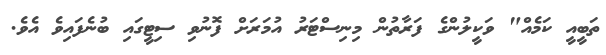
ތަބީއީ ކަމެއް" ވަކީލުންގެ ފަރާތުން މިނިސްޓަރު އުމަރަށް ފޮނުވި ސިޓީގައި ބުނެފައިވެ އެވެ.